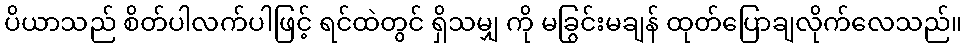
ပိယာသည် စိတ်ပါလက်ပါဖြင့် ရင်ထဲတွင် ရှိသမျှ ကို မခြွင်းမချန် ထုတ်ပြောချလိုက်လေသည်။